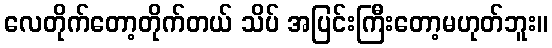
လေတိုက်တော့တိုက်တယ် သိပ် အပြင်းကြီးတော့မဟုတ်ဘူး။